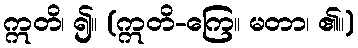
ဣတိ၊ ၍။ (ဣတိ-ကြေ။ မတာ၊ ၏။)